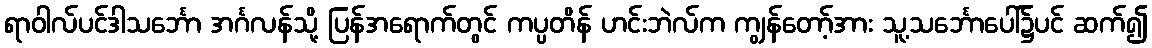
ရာဝါလ်ပင်ဒါသင်္ဘော အင်္ဂလန်သို့ ပြန်အရောက်တွင် ကပ္ပတိန် ဟင်းဘဲလ်က ကျွန်တော့်အား သူ့သင်္ဘောပေါ်၌ပင် ဆက်၍